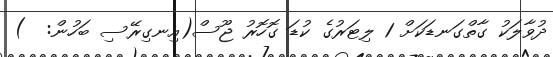
ދުވާލަކު ގާތްގަނޑަކަށް 1 ލިޓަރުގެ ކުޑަ ގޮހޮރު ޖޫސް(އިނގިރޭސި ބަހުން:  )